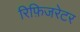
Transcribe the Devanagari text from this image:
रिफ़िजरेटर